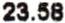
23.58